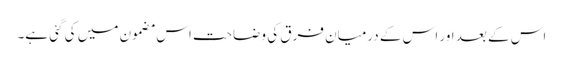
اس کے بعد اور اس کے درمیان فرق کی وضاحت اس مضمون میں کی گئی ہے۔